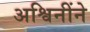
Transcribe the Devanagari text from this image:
अश्विनींने